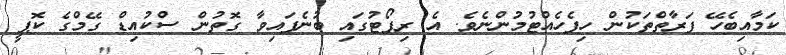
ކަމާއިބެހޭ ފަރާތްތަކުން ހިފެހެއްޓުމުންނެވެ. އެ ރިޕޯޓުގައި ބުނެފައިވާ ގޮތުން ސްކުއިޑް ގޭމްގެ ކޮޕީ